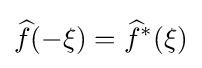
{\widehat {f}}(-\xi )={\widehat {f}}^{*}(\xi )